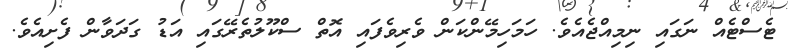
ޓެސްޓެއް ނަގައި ނިމިއްޖެއެވެ. ހަމަހިމޭންކަން ވެރިވެފައި އޮތް ސްކޫލުތެރޭގައި އަޑު ގަދަވާން ފެށިއެވެ.